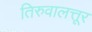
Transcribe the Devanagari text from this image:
तिरुवालत्तूर